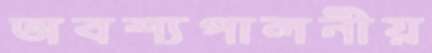
অবশ্যপালনীয়